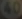
Transcribe